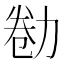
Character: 勌